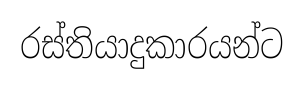
රස්තියාදුකාරයන්ට